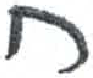
אות: ח